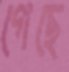
গেছে